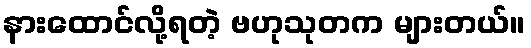
နားထောင်လို့ရတဲ့ ဗဟုသုတက များတယ်။